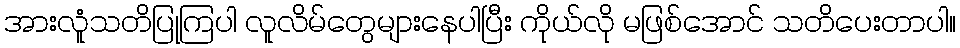
အားလူံသတိပြုကြပါ လူလိမ်တွေများနေပါပြီး ကိုယ်လို မဖြစ်အောင် သတိပေးတာပါ။